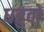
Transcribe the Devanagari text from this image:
धतुवों